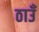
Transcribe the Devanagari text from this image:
ठाउँ